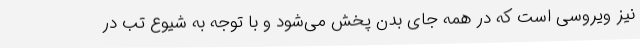
نیز ویروسی است که در همه جای بدن پخش می‌شود و با توجه به شیوع تب در